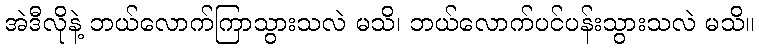
အဲဒီလိုနဲ့ ဘယ်လောက်ကြာသွားသလဲ မသိ၊ ဘယ်လောက်ပင်ပန်းသွားသလဲ မသိ။